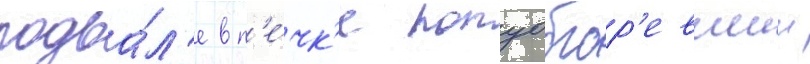
подва́л'е в п'е́чк'е полуобгор'евшии